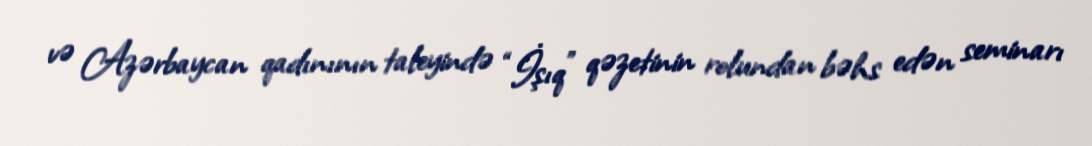
və Azərbaycan qadınının taleyində “İşıq” qəzetinin rolundan bəhs edən seminarı